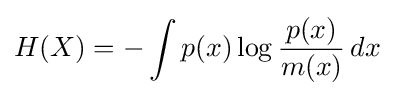
H(X)=-\int p(x)\log {\frac {p(x)}{m(x)}}\,dx